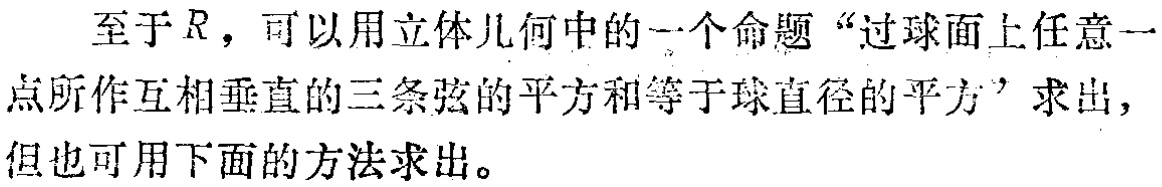
至于$R$，可以用立体几何中的一个命题“过球面上任意一点所作互相垂直的三条弦的平方和等于球直径的平方”求出，但也可用下面的方法求出。